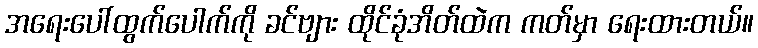
အရေးပေါ်ထွက်ပေါက်ကို ခင်ဗျား ထိုင်ခုံအိတ်ထဲက ကတ်မှာ ရေးထားတယ်။